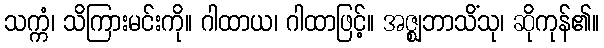
သက္ကံ၊ သိကြားမင်းကို။ ဂါထာယ၊ ဂါထာဖြင့်။ အဇ္ဈဘာသိံသု၊ ဆိုကုန်၏။